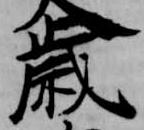
歳